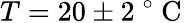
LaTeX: {T=20\pm 2\mathrm{~}^{\circ}\mathrm{~C~}}